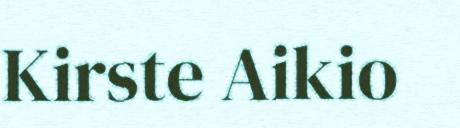
Kirste Aikio